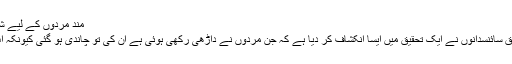
مند مردوں کے لیے شرط یہ ہے کہ ان کی داڑھی کم از کم 2 انچ لمبی ہو
لندن (مانیٹرنگ ڈیسک) مردوں کی داڑھی کے متعلق سائنسدانوں نے ایک تحقیق میں ایسا انکشاف کر دیا ہے کہ جن مردوں نے داڑھی رکھی ہوئی ہے ان کی تو چاندی ہو گئی کیونکہ اب وہ بغیر کچھ کیے ہزاروں روپے کما سکتے ہیں۔